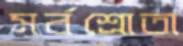
সর্বশ্রোতা